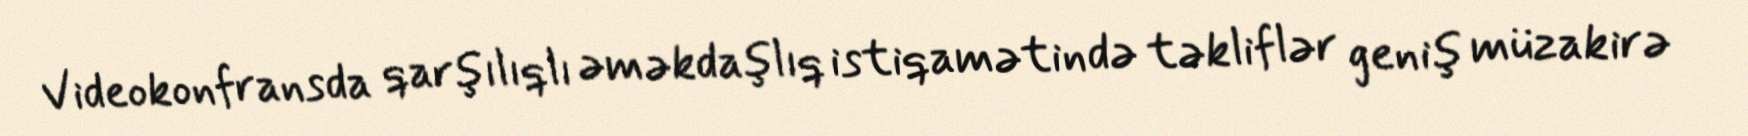
Videokonfransda qarşılıqlı əməkdaşlıq istiqamətində təkliflər geniş müzakirə